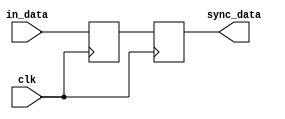
module synchroniser (
	input clk,
	input in_data,
	output reg sync_data
);

	reg half_sync_data = 0;

	always @(posedge clk) begin
		half_sync_data <= in_data;
		sync_data <= half_sync_data;
	end
		
endmodule